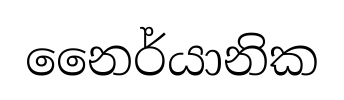
නෛර්යානික